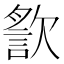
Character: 𣤍